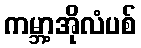
ကမ္ဘာ့အိုလံပစ်